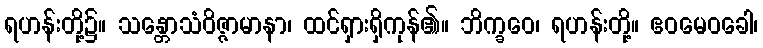
ရဟန်းတို့၌။ သန္တောသံဝိဇ္ဇာမာနာ၊ ထင်ရှားရှိကုန်၏။ ဘိက္ခဝေ၊ ရဟန်းတို့။ ဧဝမေဝခေါ၊